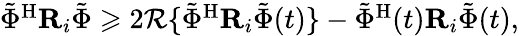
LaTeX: \begin{array}{r}{{{\tilde{{\Phi}}}}^{\mathrm H}{\mathbf{R}}_{i}{{\tilde{{\Phi}}}}\geqslant 2{\mathcal{R}}\{ {{\tilde{{\Phi}}}}^{\mathrm H}{\mathbf{R}}_{i}{{\tilde{{\Phi}}}}(t)\} -{{\tilde{{\Phi}}}}^{\mathrm H}(t){\mathbf{R}}_{i}{{\tilde{{\Phi}}}}(t),}\end{array}